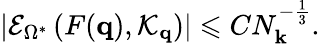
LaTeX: \left|\mathcal{E}_{\Omega^{*}}\left(F(\mathbf{q}),\mathcal{K}_{\mathbf{q}}\right)\right|\leqslant CN_{\mathbf{k}}^{-\frac 13}.